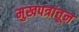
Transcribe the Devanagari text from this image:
मुखपत्रांतून